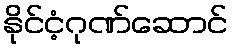
နိုင်ငံ့ဂုဏ်ဆောင်